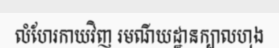
លំហែរកាយវិញ រមណីយដ្ឋានក្បាលហុង